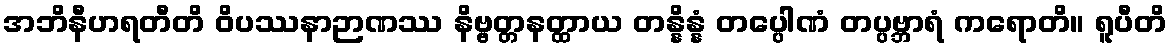
အဘိနီဟရတီတိ ဝိပဿနာဉာဏဿ နိဗ္ဗတ္တနတ္ထာယ တန္နိန္နံ တပ္ပေါဏံ တပ္ပဗ္ဘာရံ ကရောတိ။ ရူပီတိ